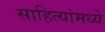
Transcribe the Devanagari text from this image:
साहित्यांमध्ये